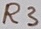
Text: R3